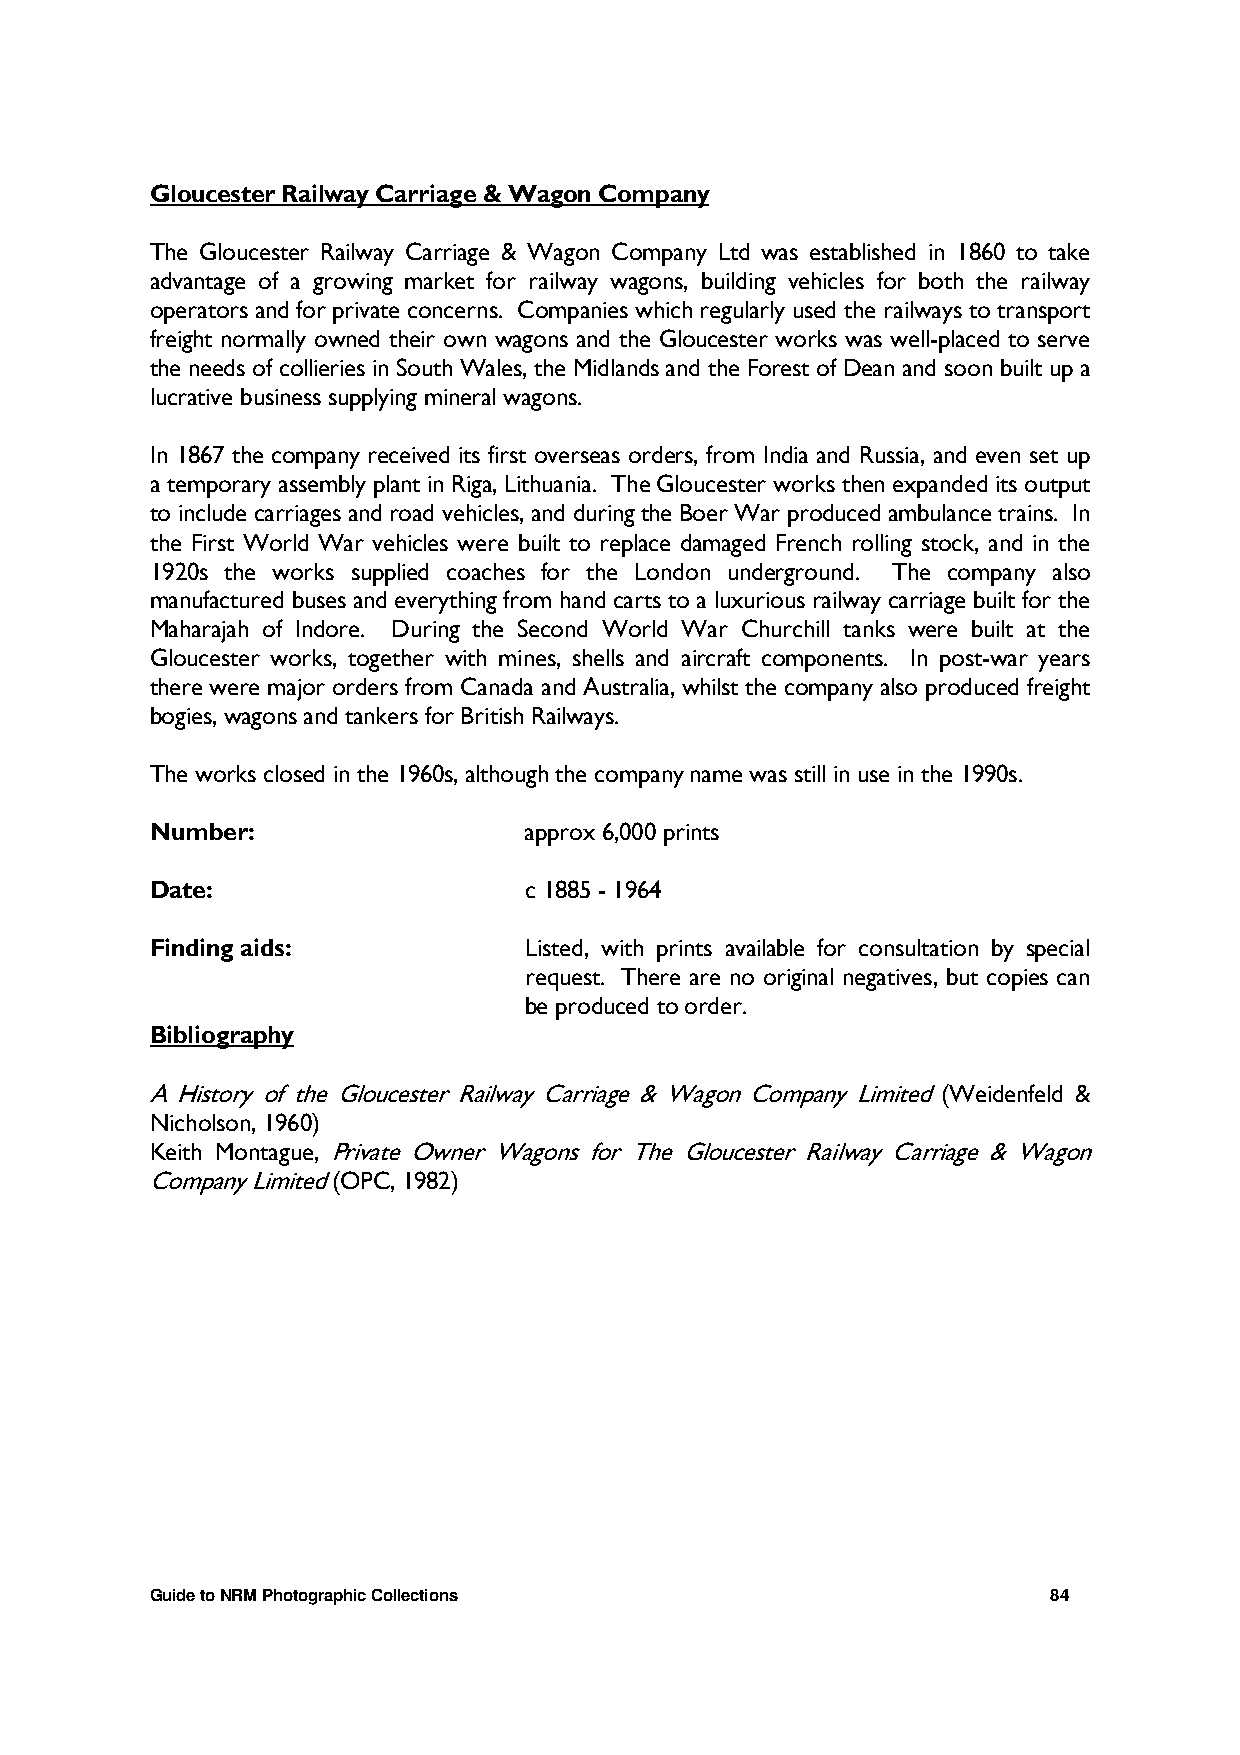
Gloucester Railway Carriage & Wagon Company
 The Gloucester Railway Carriage & Wagon Company Ltd was established in 1860 to take
 advantage of a growing market for railway wagons, building vehicles for both the railway
 operators and for private concerns. Companies which regularly used the railways to transport
 freight normally owned their own wagons and the Gloucester works was well-placed to serve
 the needs of collieries in South Wales, the Midlands and the Forest of Dean and soon built up a
 lucrative business supplying mineral wagons.
 In 1867 the company received its first overseas orders, from India and Russia, and even set up
 a temporary assembly plant in Riga, Lithuania. The Gloucester works then expanded its output
 to include carriages and road vehicles, and during the Boer War produced ambulance trains. In
 the First World War vehicles were built to replace damaged French rolling stock, and in the
 1920s the works supplied coaches for the London underground. The company also
 manufactured buses and everything from hand carts to a luxurious railway carriage built for the
 Maharajah of Indore. During the Second World War Churchill tanks were built at the
 Gloucester works, together with mines, shells and aircraft components. In post-war years
 there were major orders from Canada and Australia, whilst the company also produced freight
 bogies, wagons and tankers for British Railways.
 The works closed in the 1960s, although the company name was still in use in the 1990s.
 Number:                  approx 6,000 prints
 Date:                    c 1885 - 1964
 Finding aids:            Listed, with prints available for consultation by special
 request. There are no original negatives, but copies can
 be produced to order.
 Bibliography
 A History of the Gloucester Railway Carriage & Wagon Company Limited (Weidenfeld &
 Nicholson, 1960)
 Keith Montague, Private Owner Wagons for The Gloucester Railway Carriage & Wagon
 Company Limited (OPC, 1982)
 Guide to NRM Photographic Collections                       84